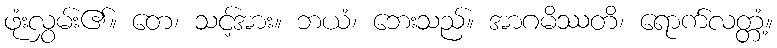
ဖုံးလွှမ်း၏။ တေ၊ သင့်အား။ ဘယံ၊ ဘေးသည်။ အာဂမိဿတိ၊ ရောက်လတ္တံ့။